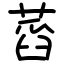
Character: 蓞